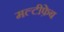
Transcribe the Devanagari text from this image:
मल्टीफ़ेब